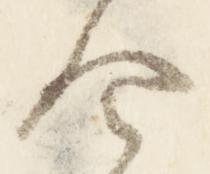
令